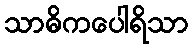
သာဓိကပေါရိသာ